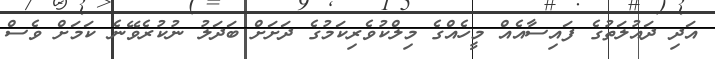
އަދި ދައުލަތުގެ ފައިސާއެއް މީހެއްގެ މިލްކުވެރިކަމުގެ ދަށަށް ބަދަލު ނުކުރެވޭނެ ކަމަށް ވެސް